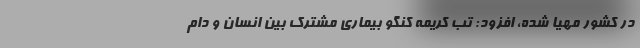
در کشور مهیا شده، افزود: تب کریمه کنگو بیماری مشترک بین انسان و دام